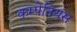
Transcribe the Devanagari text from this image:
कम्पेनियंस